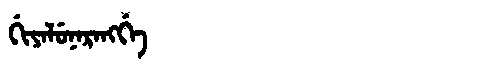
Manchu: ᡤᡳᠶᠠᠯᡠᠨᠠᡵᠠᠩᡤᡝ
Romanization: GIYALUNARANGGE